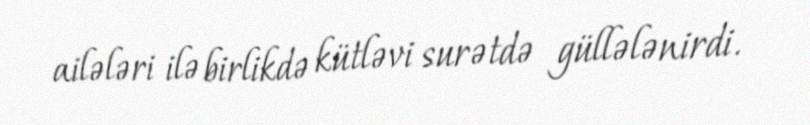
ailələri ilə birlikdə kütləvi surətdə güllələnirdi.